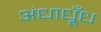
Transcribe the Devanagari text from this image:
अंधाधूँध